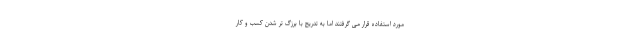
مورد استفاده قرار می گرفتند اما به تدریج با برزگ تر شدن کسب و کار